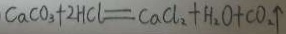
C a C O _ { 3 } + 2 H C l = C a C l _ { 2 } + H _ { 2 } O + C O _ { 2 } \uparrow